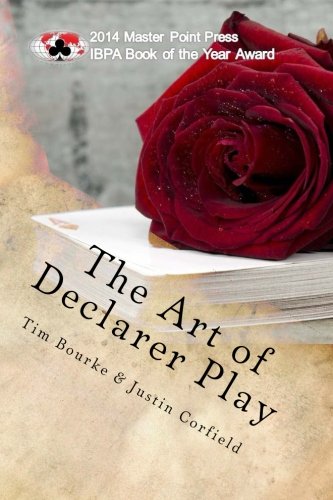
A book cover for The Art of Declarer Play; Tim Bourke; Humor & Entertainment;